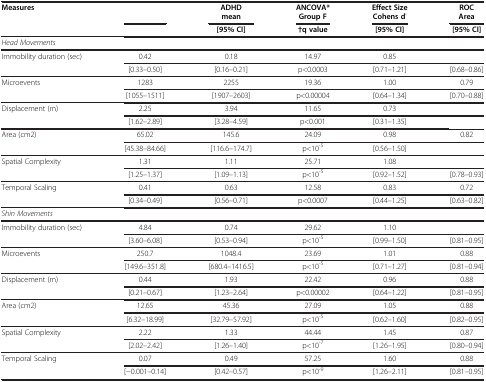
<table><thead><tr><td><b>Measures</b></td><td>[EMPTY_CELL]</td><td><b>ADHDmean</b></td><td><b>ANCOVA* Group F</b></td><td><b>Effect Size Cohens d'</b></td><td><b>ROC Area</b></td></tr><tr><td>[EMPTY_CELL]</td><td>[EMPTY_CELL]</td><td><b>[95% CI]</b></td><td><b>†q value</b></td><td><b>[95% CI]</b></td><td><b>[95% CI]</b></td></tr></thead><tbody><tr><td colspan="6"><i>Head Movements</i></td></tr><tr><td>Immobility duration (sec)</td><td>0.42</td><td>0.18</td><td>14.97</td><td>0.85</td><td>[EMPTY_CELL]</td></tr><tr><td>[EMPTY_CELL]</td><td>[0.33–0.50]</td><td>[0.16–0.21]</td><td>p&lt;0.0003</td><td>[0.71–1.21]</td><td>[0.68–0.86]</td></tr><tr><td>Microevents</td><td>1283</td><td>2255</td><td>19.36</td><td>1.00</td><td>0.79</td></tr><tr><td>[EMPTY_CELL]</td><td>[1055–1511]</td><td>[1907–2603]</td><td>p&lt;0.00004</td><td>[0.64–1.34]</td><td>[0.70–0.88]</td></tr><tr><td>Displacement (m)</td><td>2.25</td><td>3.94</td><td>11.65</td><td>0.73</td><td>[EMPTY_CELL]</td></tr><tr><td>[EMPTY_CELL]</td><td>[1.62–2.89]</td><td>[3.28–4.59]</td><td>p&lt;0.001</td><td>[0.31–1.35]</td><td>[EMPTY_CELL]</td></tr><tr><td>Area (cm2)</td><td>65.02</td><td>145.6</td><td>24.09</td><td>0.98</td><td>0.82</td></tr><tr><td>[EMPTY_CELL]</td><td>[45.38–84.66]</td><td>[116.6–174.7]</td><td>p&lt;10<sup>-5</sup></td><td>[0.56–1.50]</td><td>[EMPTY_CELL]</td></tr><tr><td>Spatial Complexity</td><td>1.31</td><td>1.11</td><td>25.71</td><td>1.08</td><td>[EMPTY_CELL]</td></tr><tr><td>[EMPTY_CELL]</td><td>[1.25–1.37]</td><td>[1.09–1.13]</td><td>p&lt;10<sup>-5</sup></td><td>[0.92–1.52]</td><td>[0.78–0.93]</td></tr><tr><td>Temporal Scaling</td><td>0.41</td><td>0.63</td><td>12.58</td><td>0.83</td><td>0.72</td></tr><tr><td>[EMPTY_CELL]</td><td>[0.34–0.49]</td><td>[0.56–0.71]</td><td>p&lt;0.0007</td><td>[0.44–1.25]</td><td>[0.63–0.82]</td></tr><tr><td colspan="6"><i>Shin Movements</i></td></tr><tr><td>Immobility duration (sec)</td><td>4.84</td><td>0.74</td><td>29.62</td><td>1.10</td><td>[EMPTY_CELL]</td></tr><tr><td>[EMPTY_CELL]</td><td>[3.60–6.08]</td><td>[0.53–0.94]</td><td>p&lt;10<sup>-5</sup></td><td>[0.99–1.50]</td><td>[0.81–0.95]</td></tr><tr><td>Microevents</td><td>250.7</td><td>1048.4</td><td>23.69</td><td>1.01</td><td>0.88</td></tr><tr><td>[EMPTY_CELL]</td><td>[149.6–351.8]</td><td>[680.4–1416.5]</td><td>p&lt;10<sup>-5</sup></td><td>[0.71–1.27]</td><td>[0.81–0.94]</td></tr><tr><td>Displacement (m)</td><td>0.44</td><td>1.93</td><td>22.42</td><td>0.96</td><td>0.88</td></tr><tr><td>[EMPTY_CELL]</td><td>[0.21–0.67]</td><td>[1.23–2.64]</td><td>p&lt;0.00002</td><td>[0.64–1.22]</td><td>[0.81–0.95]</td></tr><tr><td>Area (cm2)</td><td>12.65</td><td>45.36</td><td>27.09</td><td>1.05</td><td>0.88</td></tr><tr><td>[EMPTY_CELL]</td><td>[6.32–18.99]</td><td>[32.79–57.92]</td><td>p&lt;10<sup>-5</sup></td><td>[0.62–1.60]</td><td>[0.82–0.95]</td></tr><tr><td>Spatial Complexity</td><td>2.22</td><td>1.33</td><td>44.44</td><td>1.45</td><td>0.87</td></tr><tr><td>[EMPTY_CELL]</td><td>[2.02–2.42]</td><td>[1.26–1.40]</td><td>p&lt;10<sup>-7</sup></td><td>[1.26–1.95]</td><td>[0.80–0.94]</td></tr><tr><td>Temporal Scaling</td><td>0.07</td><td>0.49</td><td>57.25</td><td>1.60</td><td>0.88</td></tr><tr><td>[EMPTY_CELL]</td><td>[−0.001–0.14]</td><td>[0.42–0.57]</td><td>p&lt;10<sup>-9</sup></td><td>[1.26–2.11]</td><td>[0.81–0.95]</td></tr></tbody></table>